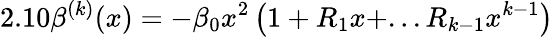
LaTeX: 2.10\beta^{(k)}(x)=-\beta_{0}x^{2}\left(1+R_{1}x+...R_{k-1}x^{k-1}\right)